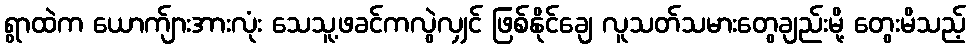
ရွာထဲက ယောက်ျားအားလုံး သေသူ့ဖခင်ကလွဲလျှင် ဖြစ်နိုင်ချေ လူသတ်သမားတွေချည်းမို့ တွေးမိသည့်